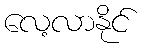
လေ့လာနိုင်